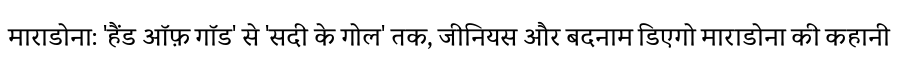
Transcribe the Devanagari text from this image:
माराडोना: 'हैंड ऑफ़ गॉड' से 'सदी के गोल' तक, जीनियस और बदनाम डिएगो माराडोना की कहानी